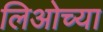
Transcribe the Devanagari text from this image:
लिओच्या